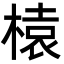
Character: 榬